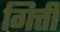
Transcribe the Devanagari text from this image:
गित्ती